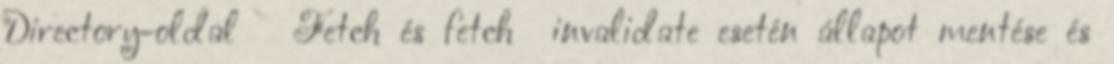
Directory-oldal ● Fetch és fetch invalidate esetén állapot mentése és